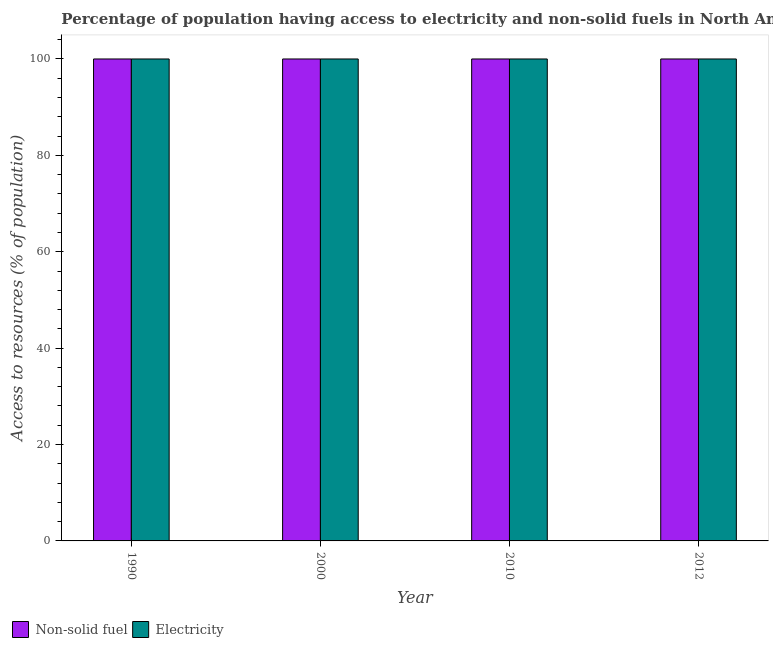
| Year | Non-solid fuel | Electricity |
 | --- | --- | --- |
 | 1990 | 100 | 100 |
 | 2000 | 100 | 100 |
 | 2010 | 100 | 100 |
 | 2012 | 100 | 100 |